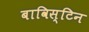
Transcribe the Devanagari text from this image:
बाविस्टिन